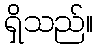
ရှိသည်။